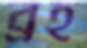
ব্রহ্